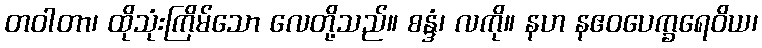
တဝါတာ၊ ထိုသုံးကြိမ်သော လေတို့သည်။ စန္ဒံ၊ လကို။ နဟ နဧဝပေက္ခရေဝိယ၊